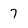
Character: 7